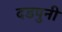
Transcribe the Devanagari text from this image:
दडपुनी